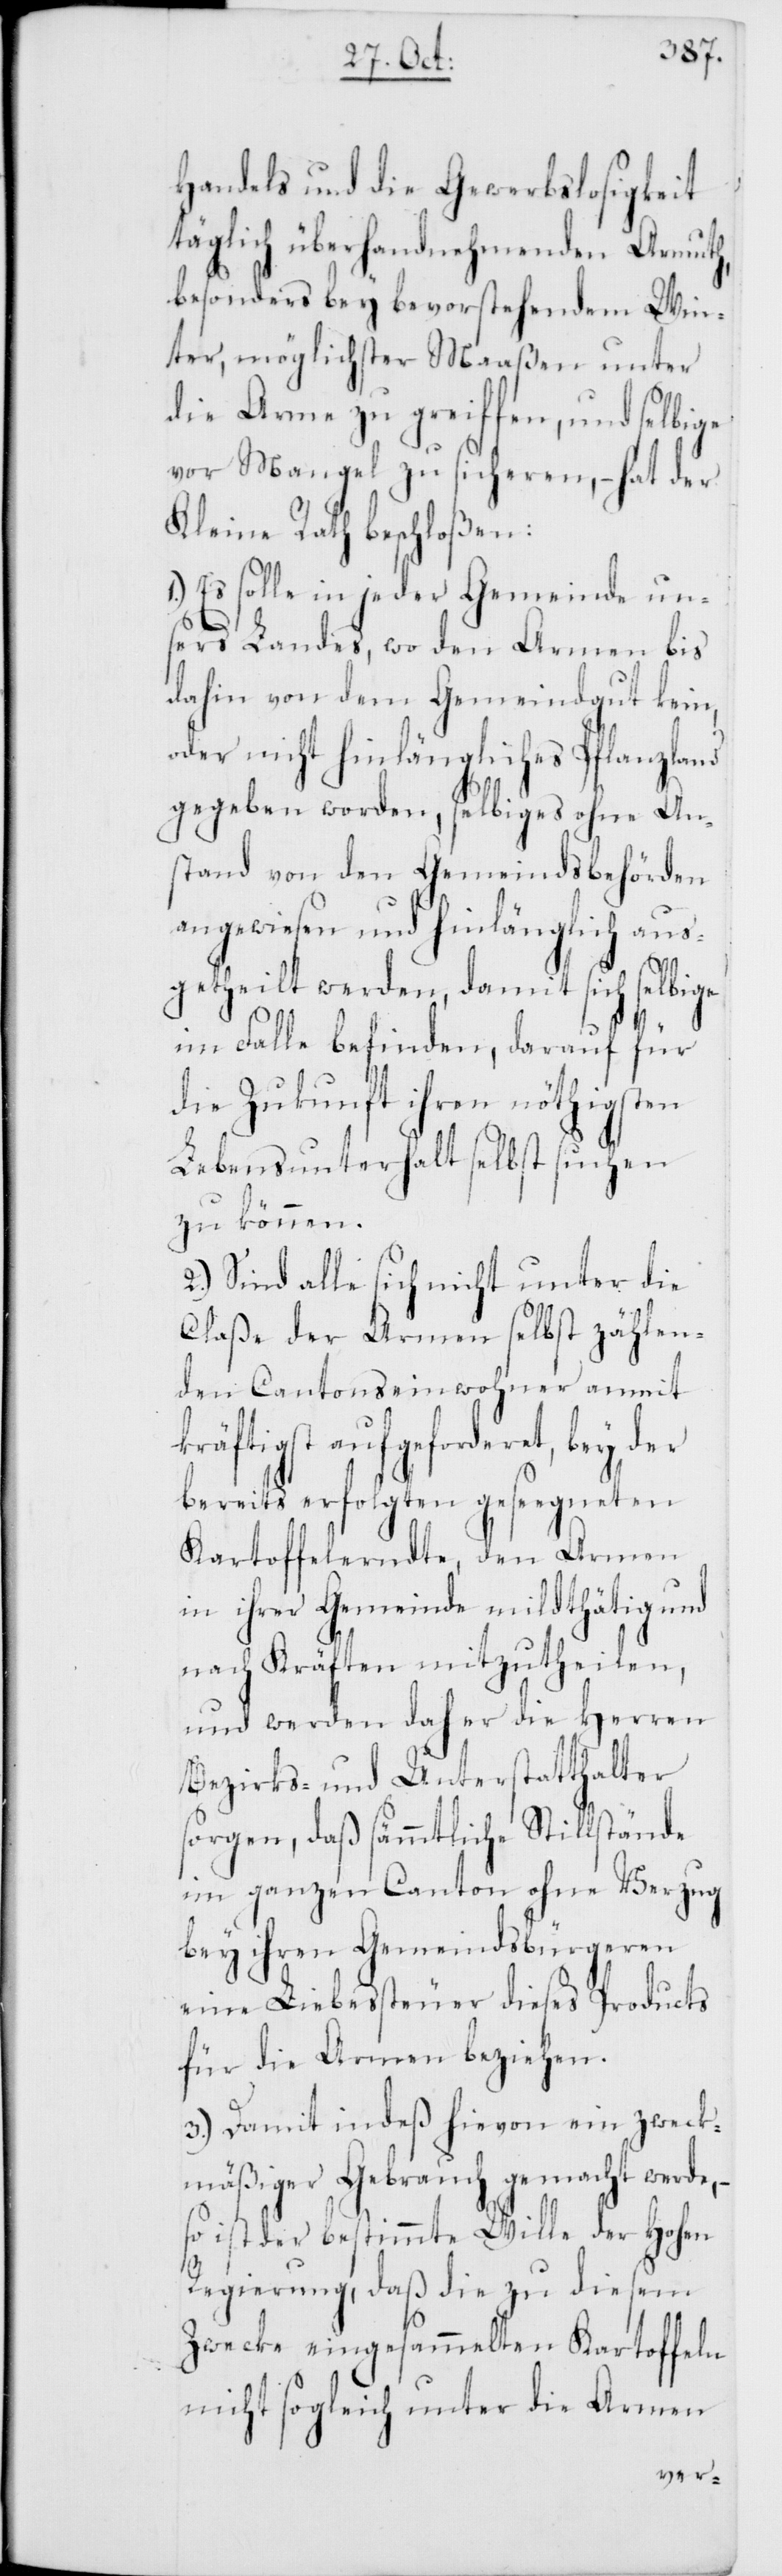
Handels und die Gewerbslosigkeit
täglich überhand nehmenden Armuth,
besonders bey bevorstehendem Win¬
ter, möglichster Maaßen unter
die Arme zu greiffen, und selbige
vor Mangel zu sicheren, – hat der
Kleine Rath beschloßen:
Es solle in jeder Gemeinde un¬
sers Landes, wo den Armen bis
dahin von dem Gemeindgut kein,
oder nicht hinlängliches Pflanzland
gegeben worden, selbiges ohne An¬
stand von den Gemeindsbehörden
angewiesen und hinlänglich aus¬
getheilt werden, damit sich selbige
im Fall befinden, darauf für
die Zukunft ihren nöthigsten
Lebensunterhalt selbst suchen
zu können.
2.) Sind alle sich nicht unter die
Claße der Armen selbst zählen¬
den Cantonseinwohner anmit
kräftigst aufgeforderet, bey der
bereits erfolgten gesegneten
Kartoffelerndte, den Armen
in ihrer Gemeinde mildthätig und
nach Kräften mitzutheilen,
und werden daher die Herren
Bezirks- und Unterstatthalter
sorgen, daß sämmtliche Stillstände
im ganzen Canton ohne Verzug
bey ihren Gemeindsbürgeren
eine Liebessteuer dieses Products
für die Armen beziehen.
3.) Damit indeß hievon ein zweck¬
mäßiger Gebrauch gemacht werde,
so ist der bestimmte Wille der Hohen
Regierung, daß die zu diesem
Zwecke eingesammelten Kartoffeln
nicht sogleich unter die Armen